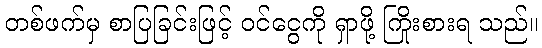
တစ်ဖက်မှ စာပြခြင်းဖြင့် ဝင်ငွေကို ရှာဖို့ ကြိုးစားရ သည်။